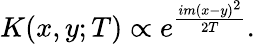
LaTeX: K(x,y;T)\propto e^{\frac{im(x-y)^{2}}{2T}}.